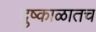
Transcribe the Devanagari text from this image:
दुष्काळातच